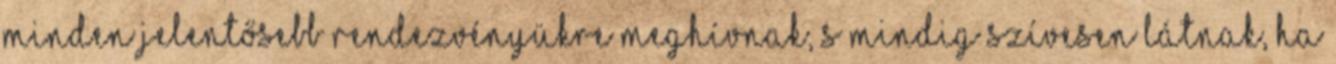
minden jelentősebb rendezvényükre meghívnak, s mindig szívesen látnak, ha